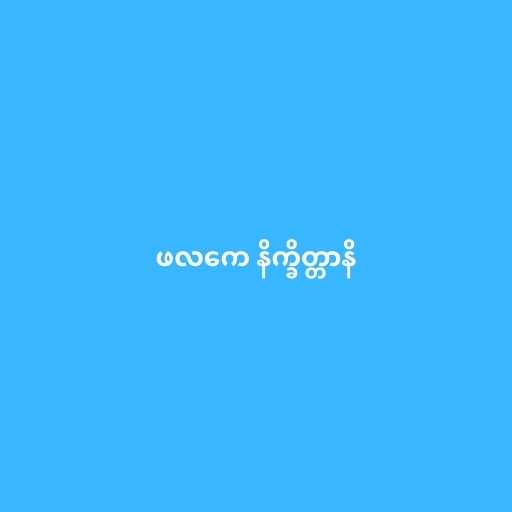
ဖလကေ နိက္ခိတ္တာနိ